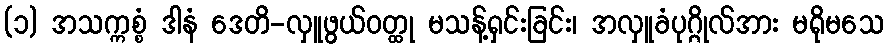
(၁) အသက္ကစ္စံ ဒါနံ ဒေတိ-လှူဖွယ်ဝတ္ထု မသန့်ရှင်းခြင်း၊ အလှူခံပုဂ္ဂိုလ်အား မရိုမသေ